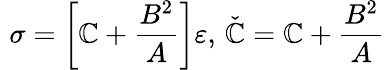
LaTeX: \, \, \sigma=\left[\mathbb{C}+\frac{{B^{2}}}{{A}}\right]\varepsilon,\, \check{{\mathbb{C}}}=\mathbb{C}+\frac{{B^{2}}}{{A}}